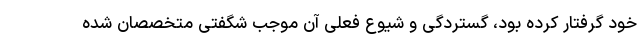
خود گرفتار کرده بود، گستردگی و شیوع فعلی آن موجب شگفتی متخصصان شده